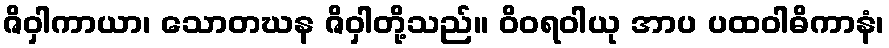
ဇိဝှါကာယာ၊ သောတဃန ဇိဝှါတို့သည်။ ဝိဝရဝါယု အာပ ပထဝါဓိကာနံ၊